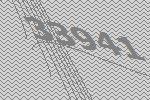
33941